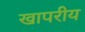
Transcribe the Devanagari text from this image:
खापरीय